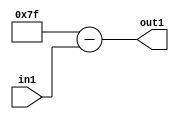
`timescale 1ps / 1ps
/*****************************************************************************
    Verilog RTL Description
    
    
    Created by: Stratus DpOpt 2019.1.01 
*******************************************************************************/

module fix2float_Subu8i127_4 (
	in1,
	out1
	); /* architecture "behavioural" */ 
input [7:0] in1;
output [7:0] out1;
wire [7:0] asc001;

assign asc001 = 
	+(8'B01111111)
	-(in1);

assign out1 = asc001;
endmodule

/* CADENCE  urn4Qwk= : u9/ySgnWtBlWxVPRXgAZ4Og= ** DO NOT EDIT THIS LINE ******/